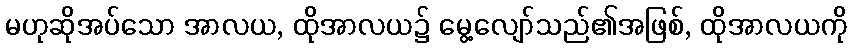
မဟုဆိုအပ်သော အာလယ, ထိုအာလယ၌ မွေ့လျော်သည်၏အဖြစ်, ထိုအာလယကို